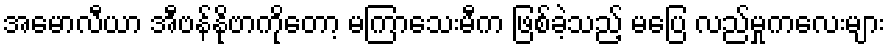
အေမာလီယာ အီဗန်နိုဗာကိုတော့ မကြာသေးမီက ဖြစ်ခဲ့သည့် မပြေ လည်မှုကလေးများ